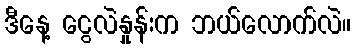
ဒီနေ့ ငွေလဲနှုန်းက ဘယ်လောက်လဲ။